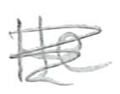
Text: He
Cross-out: scratch
Writing tool: pencil